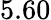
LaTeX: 5.60